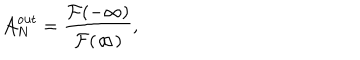
LaTeX: { \cal A } _ { N } ^ { \mathrm { o u t } } = { \frac { { \cal F } ( - \infty ) } { { \cal F } ( \infty ) } } ,